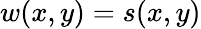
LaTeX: w(x,y)=s(x,y)